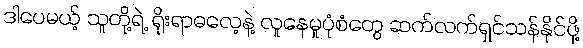
ဒါပေမယ့် သူတို့ရဲ့ ရိုးရာဓလေ့နဲ့ လူနေမှုပုံစံတွေ ဆက်လက်ရှင်သန်နိုင်ဖို့